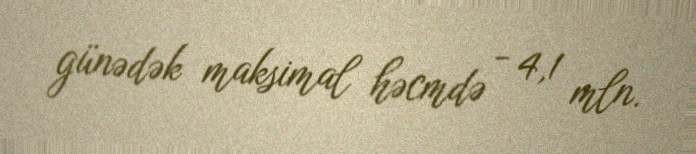
günədək maksimal həcmdə - 4,1 mln.